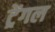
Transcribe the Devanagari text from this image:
ट्रेंगल